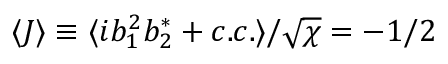
\langle J \rangle \equiv \langle i b _ { 1 } ^ { 2 } b _ { 2 } ^ { * } + c . c . \rangle / \sqrt { \chi } = - 1 / 2